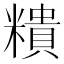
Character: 𥼩